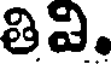
తివి.